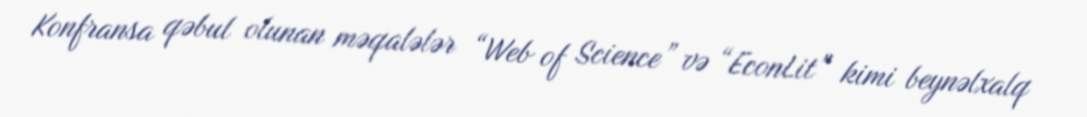
Konfransa qəbul olunan məqalələr “Web of Science” və “EconLit” kimi beynəlxalq